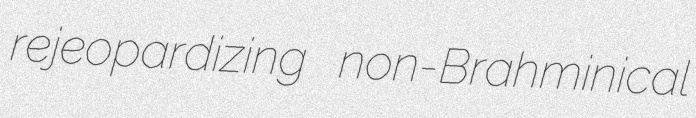
rejeopardizing non-Brahminical